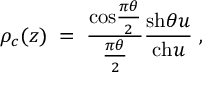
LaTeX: \rho _ { c } ( z ) \; = \; { \frac { \mathrm { c o s } { \frac { \pi \theta } { 2 } } } { \frac { \pi \theta } { 2 } } } { \frac { \mathrm { s h } \theta u } { \mathrm { c h } u } } \; ,